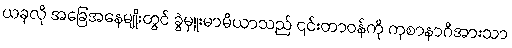
ယခုလို အခြေအနေမျိုးတွင် ခွဲမှူးမာမီယာသည် ၎င်းတာဝန်ကို ကုစာနာဂိအားသာ